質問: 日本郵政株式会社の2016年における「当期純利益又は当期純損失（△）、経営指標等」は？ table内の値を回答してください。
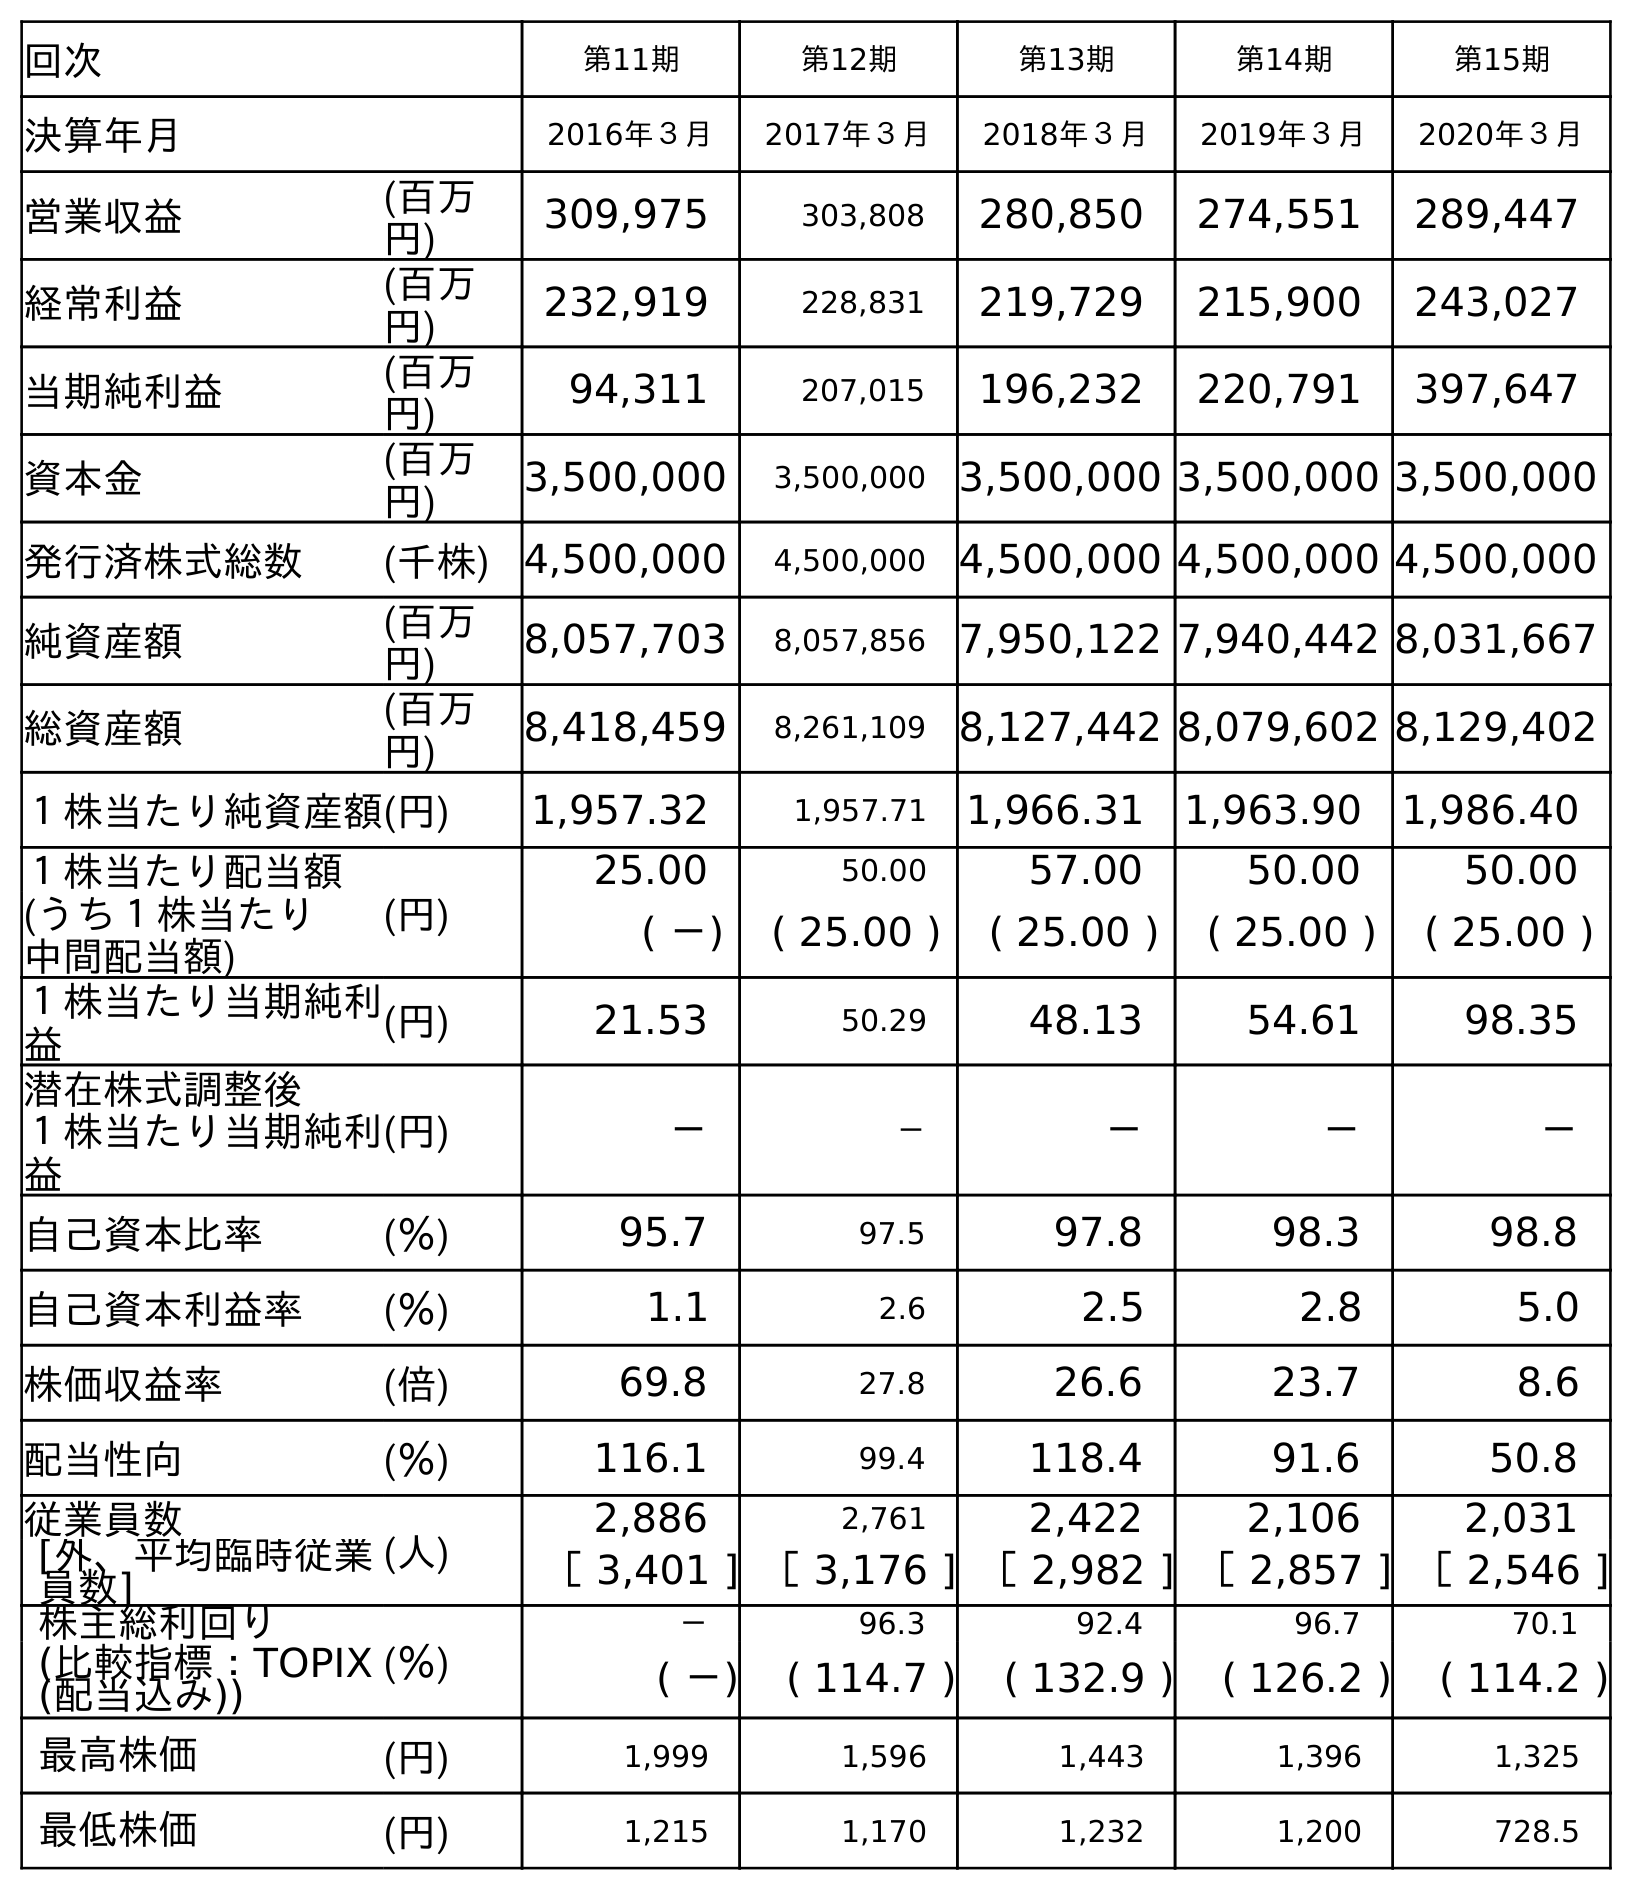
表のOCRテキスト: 回次 第11期 第12期 第13期 第14期 第15期 決算年月 2016年３月 2017年３月 2018年３月 2019年３月 2020年３月 営業収益 (百万 円) 309,975 303,808 280,850 274,551 289,447 経常利益 (百万 円) 232,919 228,831 219,729 215,900 243,027 当期純利益 (百万 円) 94,311 207,015 196,232 220,791 397,647 資本金 (百万 円) 3,500,000 3,500,000 3,500,000 3,500,000 3,500,000 発行済株式総数 (千株) 4,500,000 4,500,000 4,500,000 4,500,000 4,500,000 純資産額 (百万 円) 8,057,703 8,057,856 7,950,122 7,940,442 8,031,667 総資産額 (百万 円) 8,418,459 8,261,109 8,127,442 8,079,602 8,129,402 １株当たり純資産額(円) 1,957.32 1,957.71 1,966.31 1,963.90 1,986.40 １株当たり配当額 (円) 25.00 50.00 57.00 50.00 50.00 (うち１株当たり 中間配当額) ( －) ( 25.00 ) ( 25.00 ) ( 25.00 ) ( 25.00 ) １株当たり当期純利 益 (円) 21.53 50.29 48.13 54.61 98.35 潜在株式調整後 １株当たり当期純利 益 (円) － － － － － 自己資本比率 (％) 95.7 97.5 97.8 98.3 98.8 自己資本利益率 (％) 1.1 2.6 2.5 2.8 5.0 株価収益率 (倍) 69.8 27.8 26.6 23.7 8.6 配当性向 (％) 116.1 99.4 118.4 91.6 50.8 従業員数 (人) 2,886 2,761 2,422 2,106 2,031 [外、平均臨時従業 員数] ［ 3,401 ] ［ 3,176 ] ［ 2,982 ] ［ 2,857 ] ［ 2,546 ] 株主総利回り (％) － 96.3 92.4 96.7 70.1 (比較指標：TOPIX (配当込み)) ( －) ( 114.7 ) ( 132.9 ) ( 126.2 ) ( 114.2 ) 最高株価 (円) 1,999 1,596 1,443 1,396 1,325 最低株価 (円) 1,215 1,170 1,232 1,200 728.5
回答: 94,311